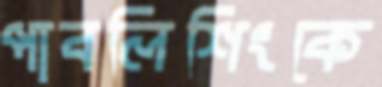
পাবলিশিংকে